65_HS1-834228961_62-HQ-83894_Section_3
Agency: FBI
Page 25
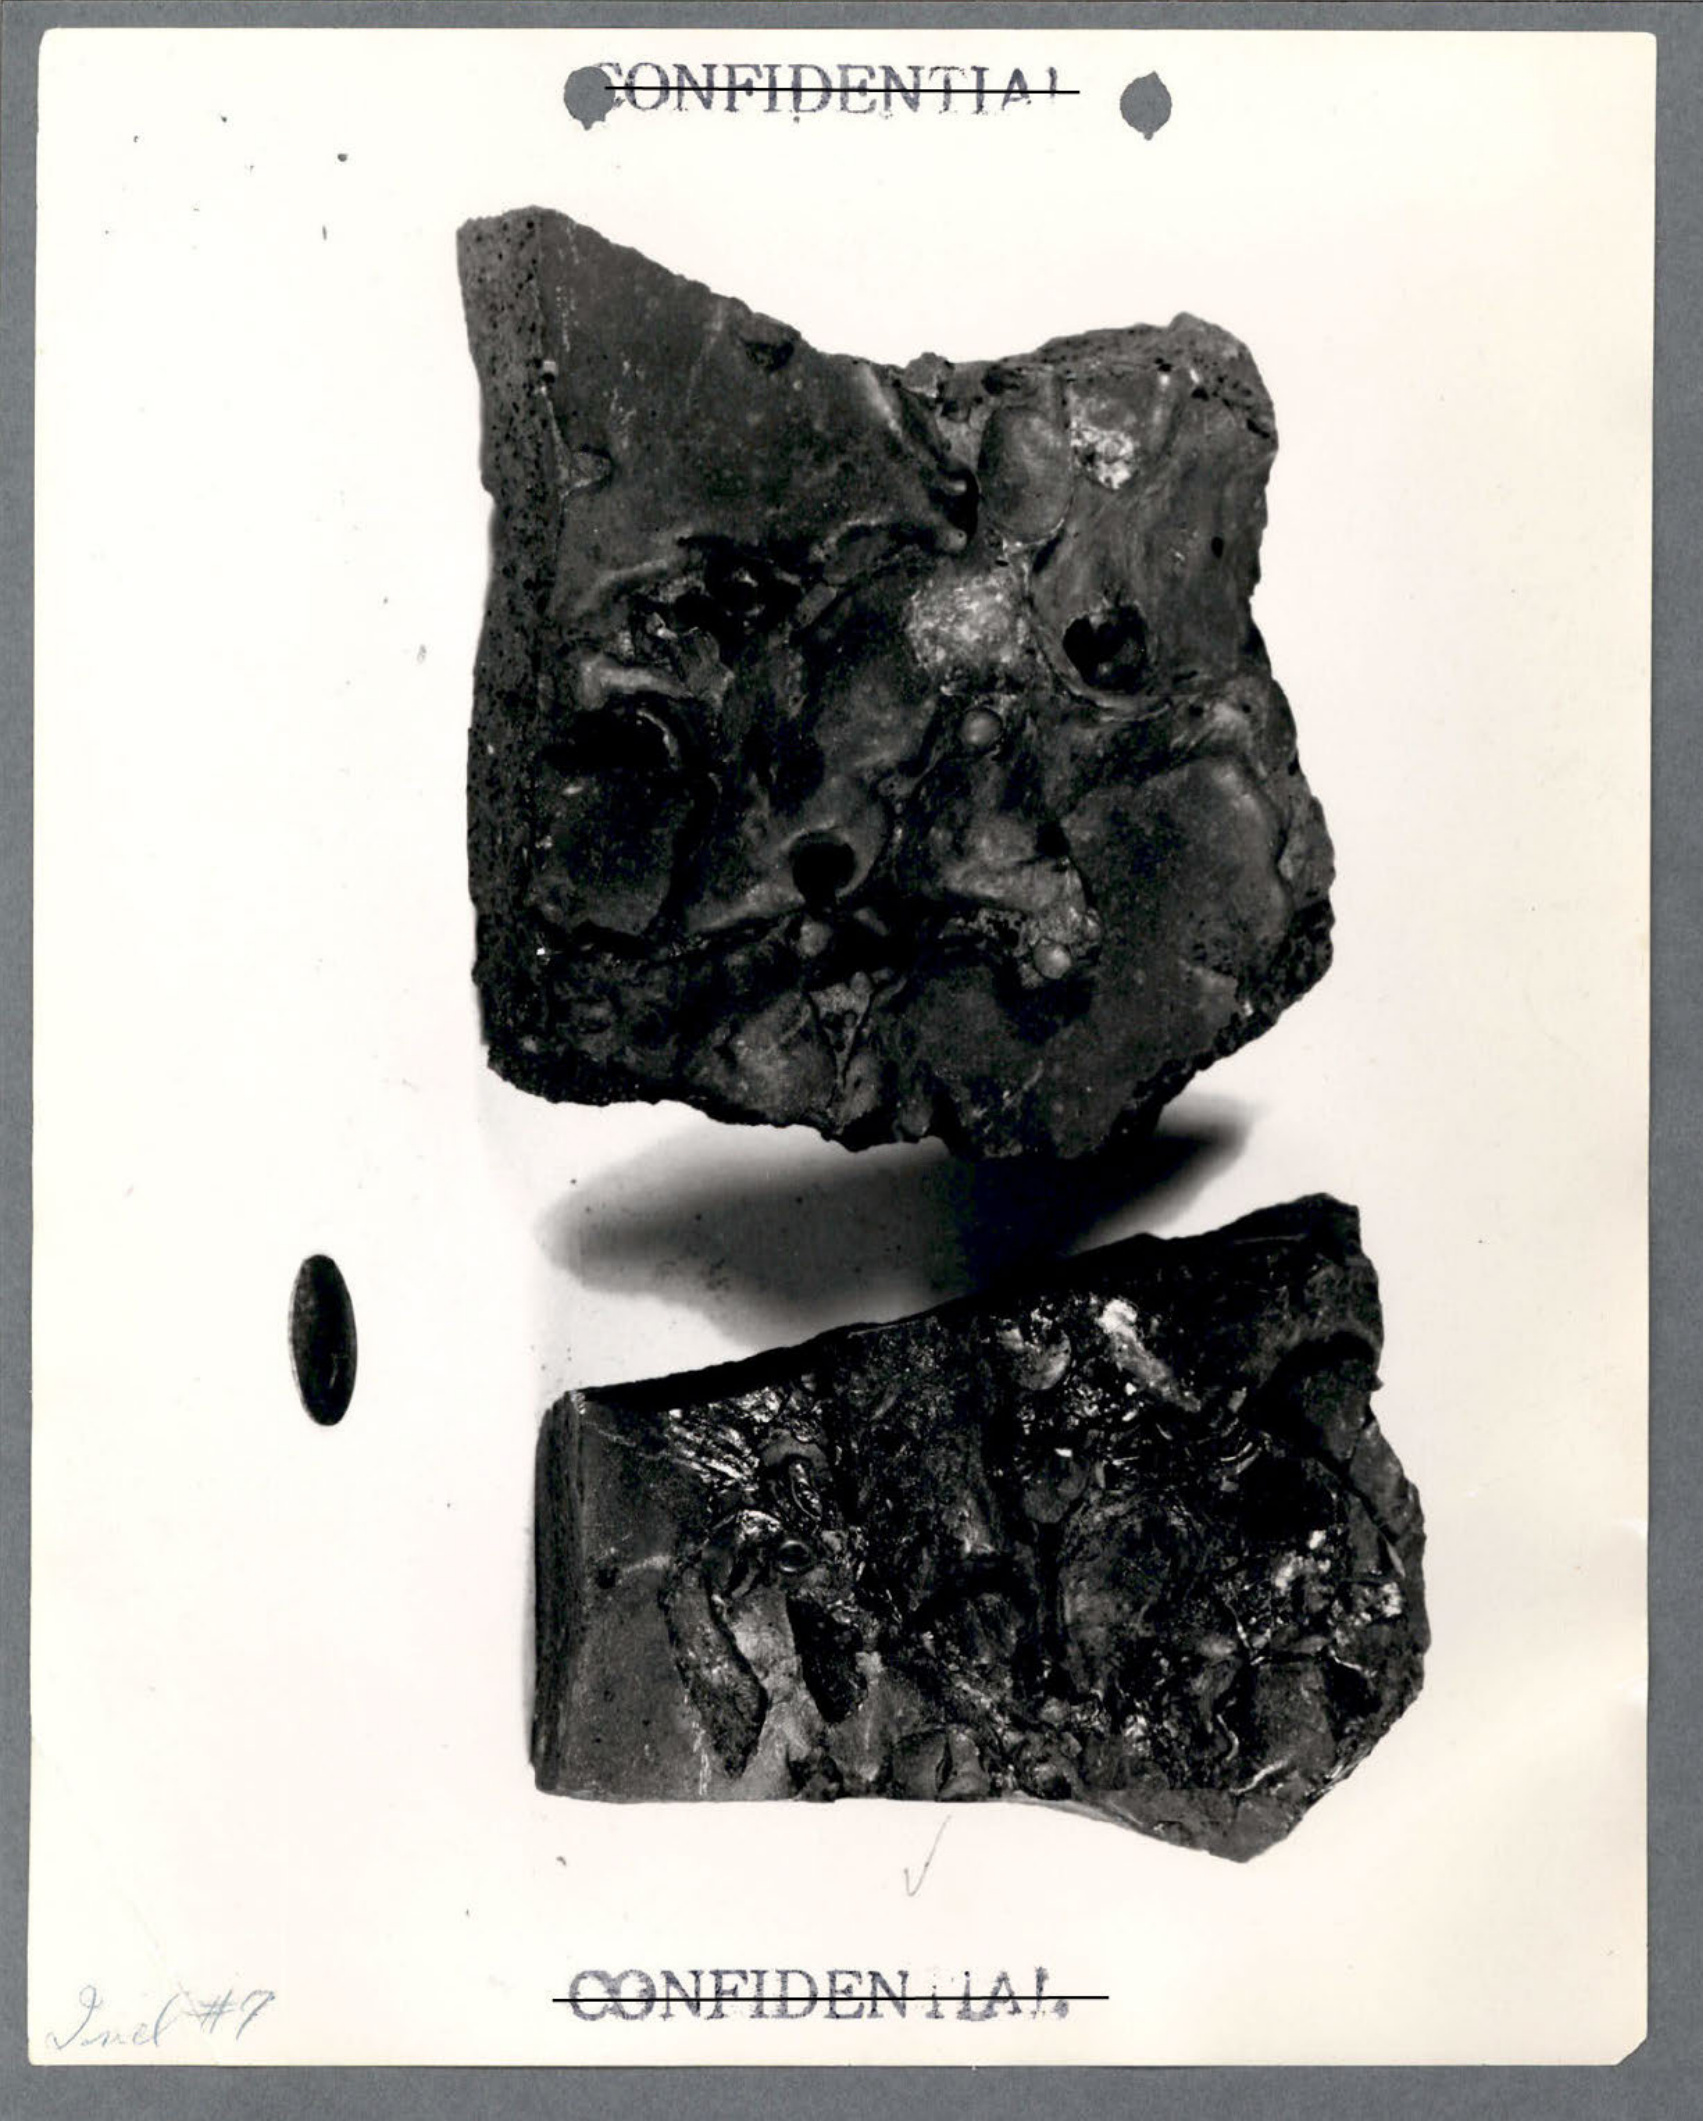